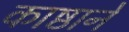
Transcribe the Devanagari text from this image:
काष्ठाने